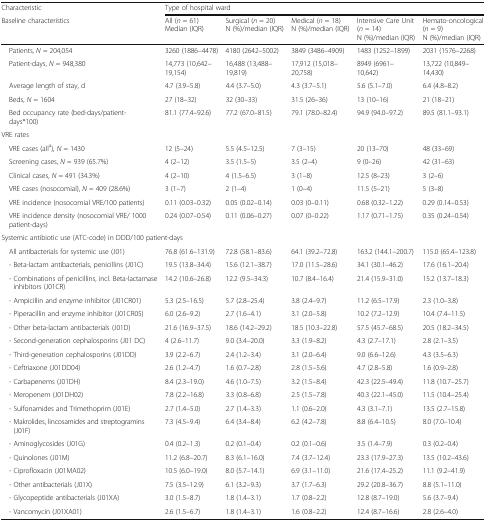
<table><thead><tr><td><b>Characteristic</b></td><td colspan="5"><b>Type of hospital ward</b></td></tr><tr><td><b>Baseline characteristics</b></td><td><b>All (<i>n</i> = 61)Median (IQR)</b></td><td><b>Surgical (<i>n</i> = 20)N (%)/median (IQR)</b></td><td><b>Medical (<i>n</i> = 18)N (%)/median (IQR)</b></td><td><b>Intensive Care Unit (<i>n</i> = 14)N (%)/median (IQR)</b></td><td><b>Hemato-oncological (<i>n</i> = 9)N (%)/median (IQR)</b></td></tr></thead><tbody><tr><td> Patients, <i>N</i> = 204,054</td><td>3260 (1886–4478)</td><td>4180 (2642–5002)</td><td>3849 (3486–4909)</td><td>1483 (1252–1899)</td><td>2031 (1576–2268)</td></tr><tr><td> Patient-days, <i>N</i> = 948,380</td><td>14,773 (10,642–19,154)</td><td>16,488 (13,488–19,819)</td><td>17,912 (15,018–20,758)</td><td>8949 (6961–10,642)</td><td>13,722 (10,849–14,430)</td></tr><tr><td> Average length of stay, d</td><td>4.7 (3.9–5.8)</td><td>4.4 (3.7–5.0)</td><td>4.3 (3.7–5.1)</td><td>5.6 (5.1–7.0)</td><td>6.4 (4.8–8.2)</td></tr><tr><td> Beds, <i>N</i> = 1604</td><td>27 (18–32)</td><td>32 (30–33)</td><td>31.5 (26–36)</td><td>13 (10–16)</td><td>21 (18–21)</td></tr><tr><td> Bed occupancy rate (bed-days/patient-days*100)</td><td>81.1 (77.4–92.6)</td><td>77.2 (67.0–81.5)</td><td>79.1 (78.0–82.4)</td><td>94.9 (94.0–97.2)</td><td>89.5 (81.1–93.1)</td></tr><tr><td colspan="6">VRE rates</td></tr><tr><td> VRE cases (all<sup>a</sup>), <i>N</i> = 1430</td><td>12 (5–24)</td><td>5.5 (4.5–12.5)</td><td>7 (3–15)</td><td>20 (13–70)</td><td>48 (33–69)</td></tr><tr><td> Screening cases, <i>N</i> = 939 (65.7%)</td><td>4 (2–12)</td><td>3.5 (1.5–5)</td><td>3.5 (2–4)</td><td>9 (0–26)</td><td>42 (31–63)</td></tr><tr><td> Clinical cases, <i>N</i> = 491 (34.3%)</td><td>4 (2–10)</td><td>4 (1.5–6.5)</td><td>3 (1–8)</td><td>12.5 (8–23)</td><td>3 (2–6)</td></tr><tr><td> VRE cases (nosocomial), <i>N</i> = 409 (28.6%)</td><td>3 (1–7)</td><td>2 (1–4)</td><td>1 (0–4)</td><td>11.5 (5–21)</td><td>5 (3–8)</td></tr><tr><td> VRE incidence (nosocomial VRE/100 patients)</td><td>0.11 (0.03–0.32)</td><td>0.05 (0.02–0.14)</td><td>0.03 (0–0.11)</td><td>0.68 (0.32–1.22)</td><td>0.29 (0.14–0.53)</td></tr><tr><td> VRE incidence density (nosocomial VRE/ 1000 patient-days)</td><td>0.24 (0.07–0.54)</td><td>0.11 (0.06–0.27)</td><td>0.07 (0–0.22)</td><td>1.17 (0.71–1.75)</td><td>0.35 (0.24–0.54)</td></tr><tr><td colspan="6">Systemic antibiotic use (ATC-code) in DDD/100 patient-days</td></tr><tr><td> All antibacterials for systemic use (J01)</td><td>76.8 (61.6–131.9)</td><td>72.8 (58.1–83.6)</td><td>64.1 (39.2–72.8)</td><td>163.2 (144.1–200.7)</td><td>115.0 (65.4–123.8)</td></tr><tr><td> - Beta-lactam antibacterials, penicillins (J01C)</td><td>19.5 (13.8–34.4)</td><td>15.6 (12.1–38.7)</td><td>17.0 (11.5–28.6)</td><td>34.1 (30.1–46.2)</td><td>17.6 (16.1–20.4)</td></tr><tr><td> - Combinations of penicillins, incl. Beta-lactamase inhibitors (J01CR)</td><td>14.2 (10.6–26.8)</td><td>12.2 (9.5–34.3)</td><td>10.7 (8.4–16.4)</td><td>21.4 (15.9–31.0)</td><td>15.2 (13.7–18.3)</td></tr><tr><td> - Ampicillin and enzyme inhibitor (J01CR01)</td><td>5.3 (2.5–16.5)</td><td>5.7 (2.8–25.4)</td><td>3.8 (2.4–9.7)</td><td>11.2 (6.5–17.9)</td><td>2.3 (1.0–3.8)</td></tr><tr><td> - Piperacillin and enzyme inhibitor (J01CR05)</td><td>6.0 (2.6–9.2)</td><td>2.7 (1.6–4.1)</td><td>3.1 (2.0–5.8)</td><td>10.2 (7.2–12.9)</td><td>10.4 (7.4–11.5)</td></tr><tr><td> - Other beta-lactam antibacterials (J01D)</td><td>21.6 (16.9–37.5)</td><td>18.6 (14.2–29.2)</td><td>18.5 (10.3–22.8)</td><td>57.5 (45.7–68.5)</td><td>20.5 (18.2–34.5)</td></tr><tr><td> - Second-generation cephalosporins (J01 DC)</td><td>4 (2.6–11.7)</td><td>9.0 (3.4–20.0)</td><td>3.3 (1.9–8.2)</td><td>4.3 (2.7–17.1)</td><td>2.8 (2.1–3.5)</td></tr><tr><td> - Third-generation cephalosporins (J01DD)</td><td>3.9 (2.2–6.7)</td><td>2.4 (1.2–3.4)</td><td>3.1 (2.0–6.4)</td><td>9.0 (6.6–12.6)</td><td>4.3 (3.5–6.3)</td></tr><tr><td> - Ceftriaxone (J01DD04)</td><td>2.6 (1.2–4.7)</td><td>1.6 (0.7–2.8)</td><td>2.8 (1.5–5.6)</td><td>4.7 (2.8–5.8)</td><td>1.6 (0.9–2.8)</td></tr><tr><td> - Carbapenems (J01DH)</td><td>8.4 (2.3–19.0)</td><td>4.6 (1.0–7.5)</td><td>3.2 (1.5–8.4)</td><td>42.3 (22.5–49.4)</td><td>11.8 (10.7–25.7)</td></tr><tr><td> - Meropenem (J01DH02)</td><td>7.8 (2.2–16.8)</td><td>3.3 (0.8–6.8)</td><td>2.5 (1.5–7.8)</td><td>40.3 (22.1–45.0)</td><td>11.5 (10.4–25.4)</td></tr><tr><td> - Sulfonamides and Trimethoprim (J01E)</td><td>2.7 (1.4–5.0)</td><td>2.7 (1.4–3.3)</td><td>1.1 (0.6–2.0)</td><td>4.3 (3.1–7.1)</td><td>13.5 (2.7–15.8)</td></tr><tr><td> - Makrolides, lincosamides and streptogramins (J01F)</td><td>7.3 (4.5–9.4)</td><td>6.4 (3.4–8.4)</td><td>6.2 (4.2–7.8)</td><td>8.8 (6.4–10.5)</td><td>8.0 (7.0–10.4)</td></tr><tr><td> - Aminoglycosides (J01G)</td><td>0.4 (0.2–1.3)</td><td>0.2 (0.1–0.4)</td><td>0.2 (0.1–0.6)</td><td>3.5 (1.4–7.9)</td><td>0.3 (0.2–0.4)</td></tr><tr><td> - Quinolones (J01M)</td><td>11.2 (6.8–20.7)</td><td>8.3 (6.1–16.0)</td><td>7.4 (3.7–12.4)</td><td>23.3 (17.9–27.3)</td><td>13.5 (10.2–43.6)</td></tr><tr><td> - Ciprofloxacin (J01MA02)</td><td>10.5 (6.0–19.0)</td><td>8.0 (5.7–14.1)</td><td>6.9 (3.1–11.0)</td><td>21.6 (17.4–25.2)</td><td>11.1 (9.2–41.9)</td></tr><tr><td> - Other antibacterials (J01X)</td><td>7.5 (3.5–12.9)</td><td>6.1 (3.2–9.3)</td><td>3.7 (1.7–6.3)</td><td>29.2 (20.8–36.7)</td><td>8.8 (5.1–11.0)</td></tr><tr><td> - Glycopeptide antibacterials (J01XA)</td><td>3.0 (1.5–8.7)</td><td>1.8 (1.4–3.1)</td><td>1.7 (0.8–2.2)</td><td>12.8 (8.7–19.0)</td><td>5.6 (3.7–9.4)</td></tr><tr><td> - Vancomycin (J01XA01)</td><td>2.6 (1.5–6.7)</td><td>1.8 (1.4–3.1)</td><td>1.6 (0.8–2.2)</td><td>12.4 (8.7–16.6)</td><td>2.8 (2.6–4.0)</td></tr></tbody></table>